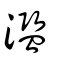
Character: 濫